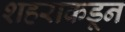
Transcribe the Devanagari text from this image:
शहराकडून